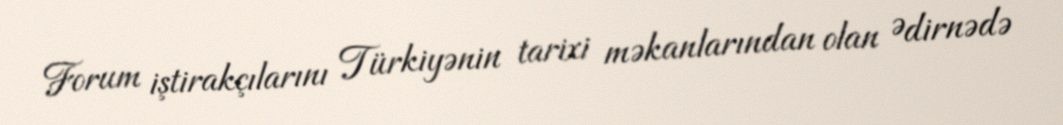
Forum iştirakçılarını Türkiyənin tarixi məkanlarından olan Ədirnədə